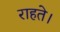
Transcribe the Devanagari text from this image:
राहते।